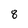
Character: 8